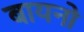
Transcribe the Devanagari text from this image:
बायनो